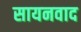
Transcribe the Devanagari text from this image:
सायनवाद